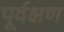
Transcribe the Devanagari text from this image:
पूर्वक्षण